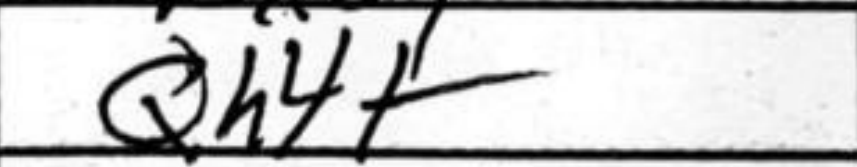
Transcription: Qh4+